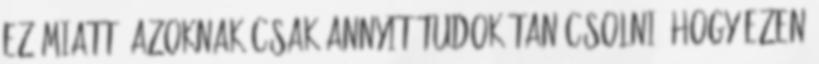
ez miatt, azoknak csak annyit tudok tanácsolni, hogy ezen